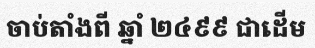
ចាប់តាំងពី ឆ្នាំ ២៤៩៩ ជាដើម